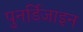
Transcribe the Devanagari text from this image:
पुनर्डिजाइन